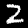
Digit: 2